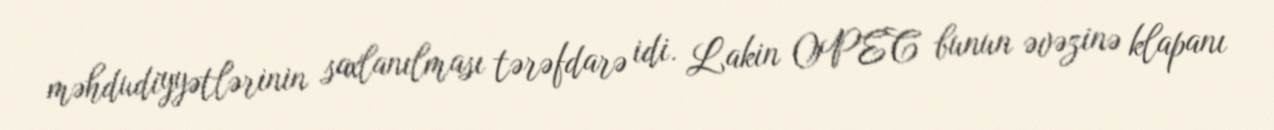
məhdudiyyətlərinin saxlanılması tərəfdarə idi. Lakin OPEC bunun əvəzinə klapanı